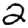
Digit: 2